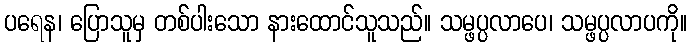
ပရေန၊ ပြောသူမှ တစ်ပါးသော နားထောင်သူသည်။ သမ္ဖပ္ပလာပေ၊ သမ္ဖပ္ပလာပကို။